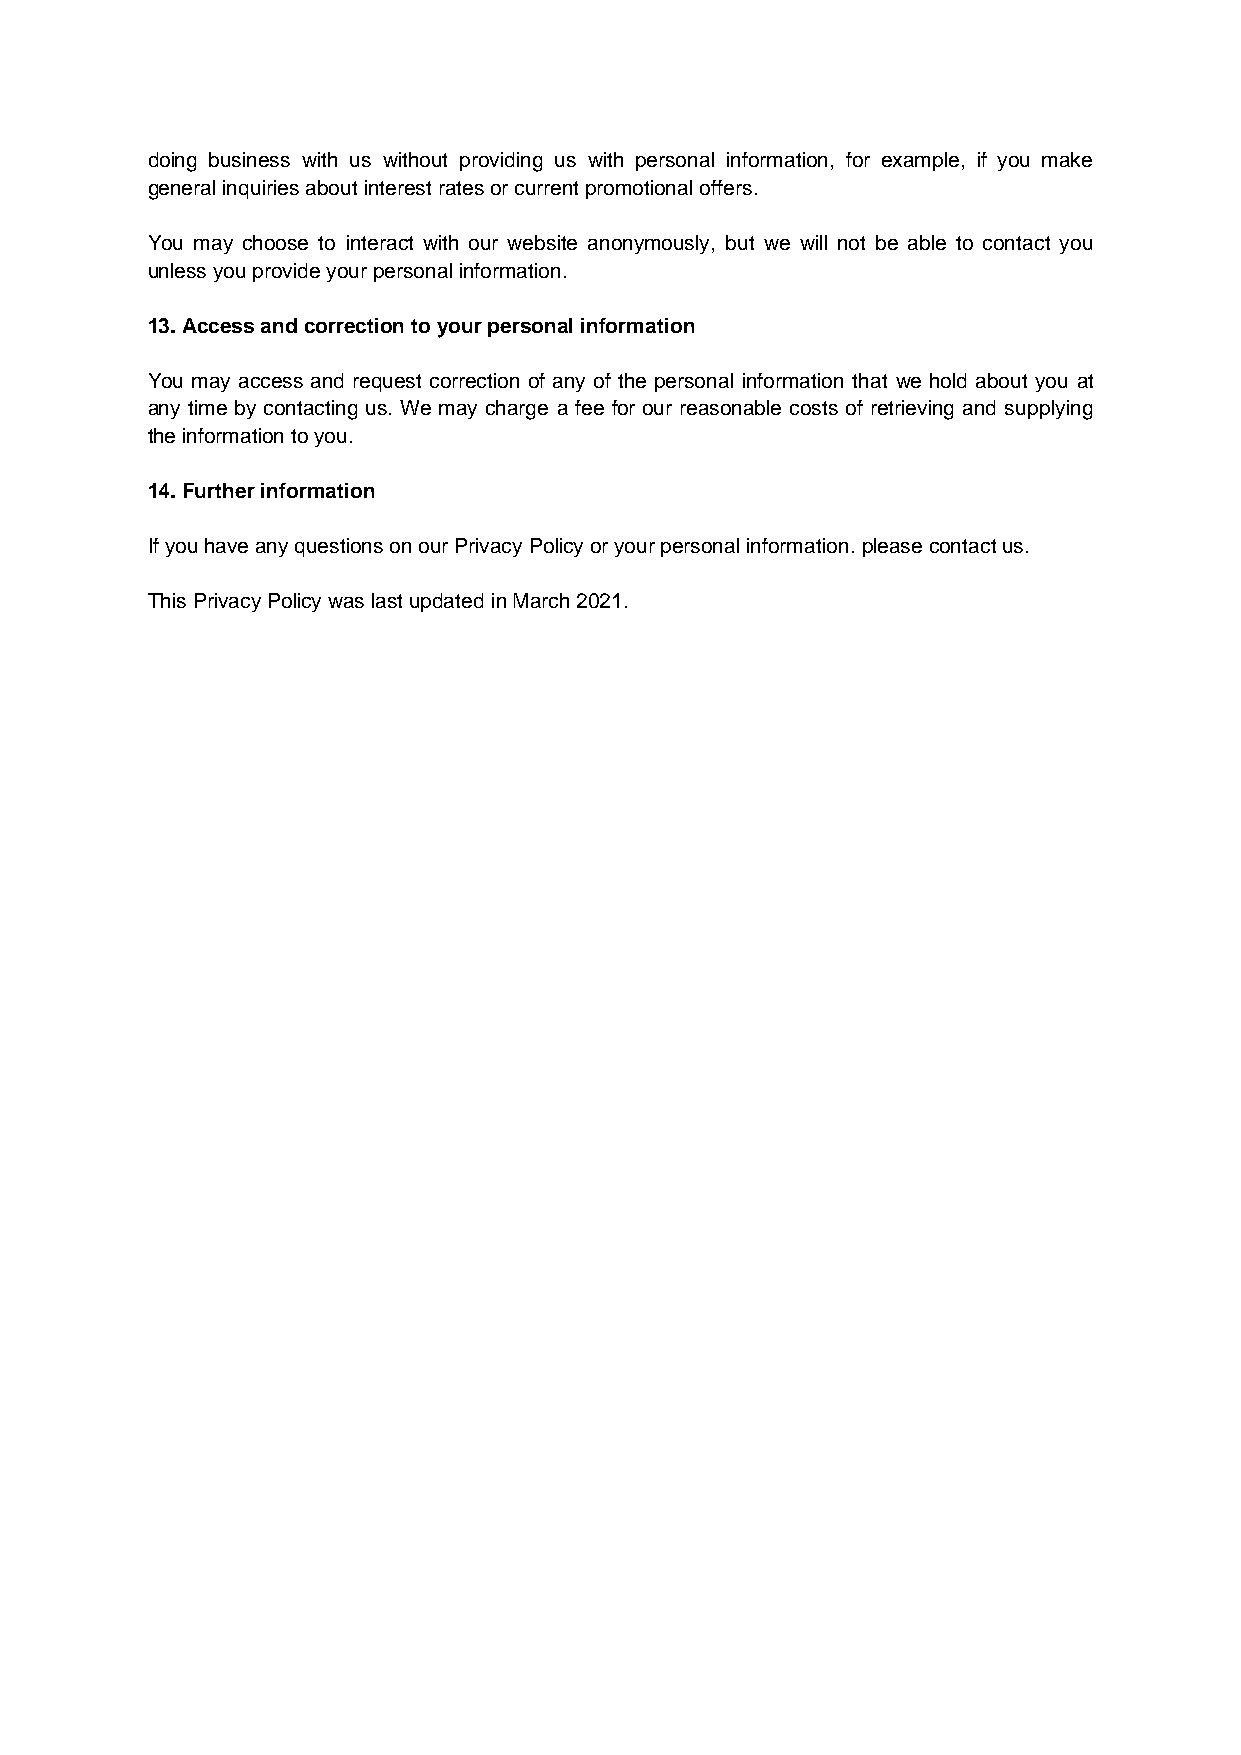
doing business with us without providing us with personal information, for example, if you make
 general inquiries about interest rates or current promotional offers.
 You may choose to interact with our website anonymously, but we will not be able to contact you
 unless you provide your personal information.
 13. Access and correction to your personal information
 You may access and request correction of any of the personal information that we hold about you at
 any time by contacting us. We may charge a fee for our reasonable costs of retrieving and supplying
 the information to you.
 14. Further information
 If you have any questions on our Privacy Policy or your personal information. please contact us.
 This Privacy Policy was last updated in March 2021.